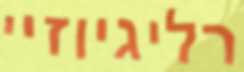
רליגיוזיי